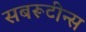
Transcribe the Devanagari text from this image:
सबरूटीन्स